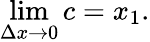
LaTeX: \operatorname*{lim}_{\Delta x\to 0}c=x_{1}.